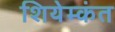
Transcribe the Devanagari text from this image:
शियेम्कंत